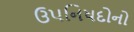
ઉપનિષદોનો